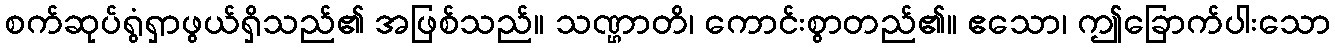
စက်ဆုပ်ရွံရှာဖွယ်ရှိသည်၏ အဖြစ်သည်။ သဏ္ဌာတိ၊ ကောင်းစွာတည်၏။ ဧသော၊ ဤခြောက်ပါးသော